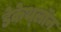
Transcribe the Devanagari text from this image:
डेकेथ्लॉन